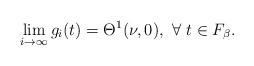
LaTeX: \begin{align*}\lim_{i\rightarrow\infty}g_i(t)=\Theta^1(\nu,0), \ \forall\ t\in F_\beta. \end{align*}